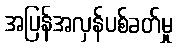
အပြန်အလှန်ပစ်ခတ်မှု